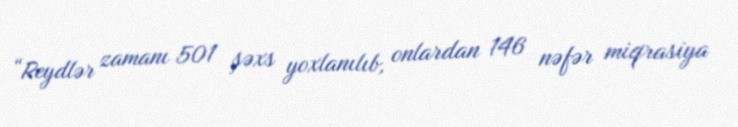
“Reydlər zamanı 501 şəxs yoxlanılıb, onlardan 146 nəfər miqrasiya